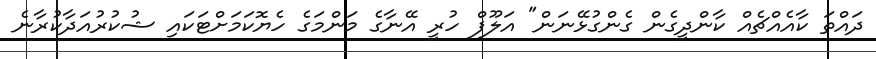
ދައްތަ ކާއެއްޗެއް ކާންދީގެން ގެންގުޅޭނަން" އަލޫފް ހުރީ އޭނާގެ މަންމަގެ ހެޔޮކަމަށްޓަކައި ޝުކުރުއަދާކުރާނެ